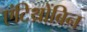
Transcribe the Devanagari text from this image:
एंटिथ्रोंबिन